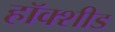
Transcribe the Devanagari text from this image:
हॉक्शीड